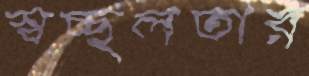
স্বচ্ছলতার